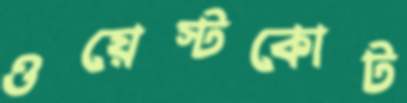
ওয়েস্টকোট